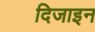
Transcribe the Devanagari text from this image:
दिजाइन